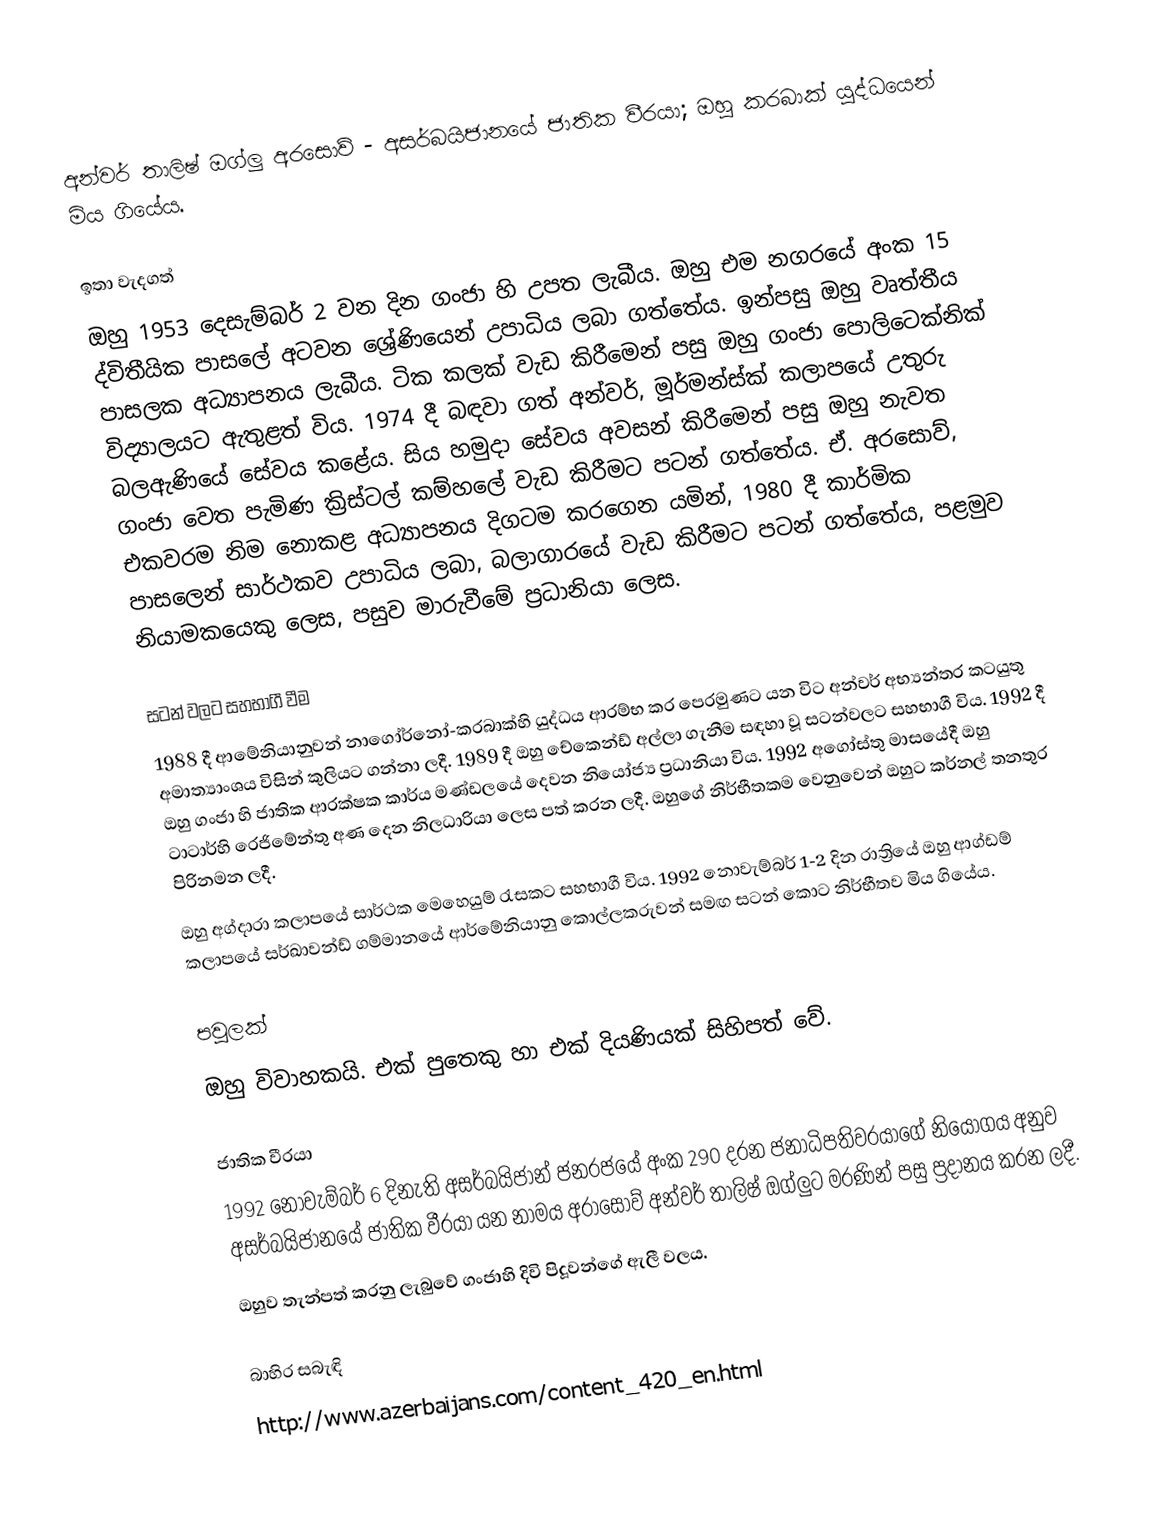
අන්වර් තාලිෂ් ඔග්ලු අරසොව් - අසර්බයිජානයේ ජාතික වීරයා; ඔහු කරබාක් යුද්ධයෙන් මිය ගියේය.

ඉතා වැදගත්
ඔහු 1953 දෙසැම්බර් 2 වන දින ගංජා හි උපත ලැබීය. ඔහු එම නගරයේ අංක 15 ද්විතීයික පාසලේ අටවන ශ්‍රේණියෙන් උපාධිය ලබා ගත්තේය. ඉන්පසු ඔහු වෘත්තීය පාසලක අධ්‍යාපනය ලැබීය. ටික කලක් වැඩ කිරීමෙන් පසු ඔහු ගංජා පොලිටෙක්නික් විද්‍යාලයට ඇතුළත් විය. 1974 දී බඳවා ගත් අන්වර්, මූර්මන්ස්ක් කලාපයේ උතුරු බලඇණියේ සේවය කළේය. සිය හමුදා සේවය අවසන් කිරීමෙන් පසු ඔහු නැවත ගංජා වෙත පැමිණ ක්‍රිස්ටල් කම්හලේ වැඩ කිරීමට පටන් ගත්තේය. ඒ. අරසොව්, එකවරම නිම නොකළ අධ්‍යාපනය දිගටම කරගෙන යමින්, 1980 දී කාර්මික පාසලෙන් සාර්ථකව උපාධිය ලබා, බලාගාරයේ වැඩ කිරීමට පටන් ගත්තේය, පළමුව නියාමකයෙකු ලෙස, පසුව මාරුවීමේ ප්‍රධානියා ලෙස.

සටන් වලට සහභාගී වීම
1988 දී ආමේනියානුවන් නාගෝර්නෝ-කරබාක්හි යුද්ධය ආරම්භ කර පෙරමුණට යන විට අන්වර් අභ්‍යන්තර කටයුතු අමාත්‍යාංශය විසින් කුලියට ගන්නා ලදී. 1989 දී ඔහු චේකෙන්ඩ් අල්ලා ගැනීම සඳහා වූ සටන්වලට සහභාගී විය. 1992 දී ඔහු ගංජා හි ජාතික ආරක්ෂක කාර්ය මණ්ඩලයේ දෙවන නියෝජ්‍ය ප්‍රධානියා විය. 1992 අගෝස්තු මාසයේදී ඔහු ටාටාර්හි රෙජිමේන්තු අණ දෙන නිලධාරියා ලෙස පත් කරන ලදී. ඔහුගේ නිර්භීතකම වෙනුවෙන් ඔහුට කර්නල් තනතුර පිරිනමන ලදී.
ඔහු අග්දාරා කලාපයේ සාර්ථක මෙහෙයුම් රැසකට සහභාගී විය. 1992 නොවැම්බර් 1-2 දින රාත්‍රියේ ඔහු ආග්ඩම් කලාපයේ සර්ඛාවන්ඩ් ගම්මානයේ ආර්මේනියානු කොල්ලකරුවන් සමඟ සටන් කොට නිර්භීතව මිය ගියේය.

පවුලක්
ඔහු විවාහකයි. එක් පුතෙකු හා එක් දියණියක් සිහිපත් වේ.

ජාතික වීරයා
1992 නොවැම්බර් 6 දිනැති අසර්බයිජාන් ජනරජයේ අංක 290 දරන ජනාධිපතිවරයාගේ නියෝගය අනුව අසර්බයිජානයේ ජාතික වීරයා යන නාමය අරාසොව් අන්වර් තාලිෂ් ඔග්ලුට මරණින් පසු ප්‍රදානය කරන ලදී.
ඔහුව තැන්පත් කරනු ලැබුවේ ගංජාහි දිවි පිදූවන්ගේ ඇලී වලය.

බාහිර සබැඳි
http://www.azerbaijans.com/content_420_en.html